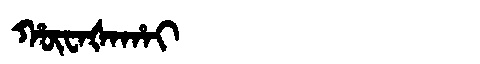
Manchu: ᡥᡡᠸᠠᡧᠠᡥᠠᡳ
Romanization: HŪWAŠAHAI